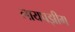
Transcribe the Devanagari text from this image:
लायपझीग